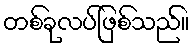
တစ်ခုလပ်ဖြစ်သည်။